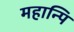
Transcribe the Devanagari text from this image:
महान्पि